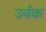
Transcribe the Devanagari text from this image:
उर्वक